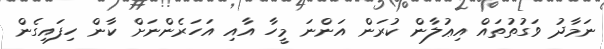
ނަމާދު ވަގުތުތައް އިޢުލާން ކުރަން އަންނަ މީހާ އާއި އަހަރެންނަށް ކާން ހިފައިގެން